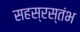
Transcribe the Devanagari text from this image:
सहस्रस्तंभ